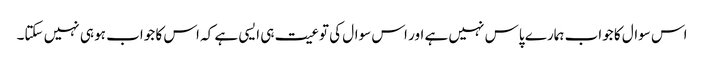
اس سوال کا جواب ہمارے پاس نہیں ہے اور اس سوال کی توعیت ہی ایسی ہے کہ اس کا جواب ہو ہی نہیں سکتا۔